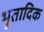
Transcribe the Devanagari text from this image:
भूतादिक